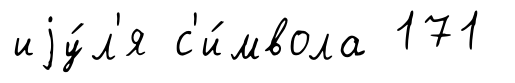
иjу́л'я с'и́мвола 171